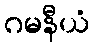
ဂမနီယံ